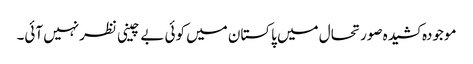
موجودہ کشیدہ صورتحال میں پاکستان میں کوئی بے چینی نظرنہیں آئی۔